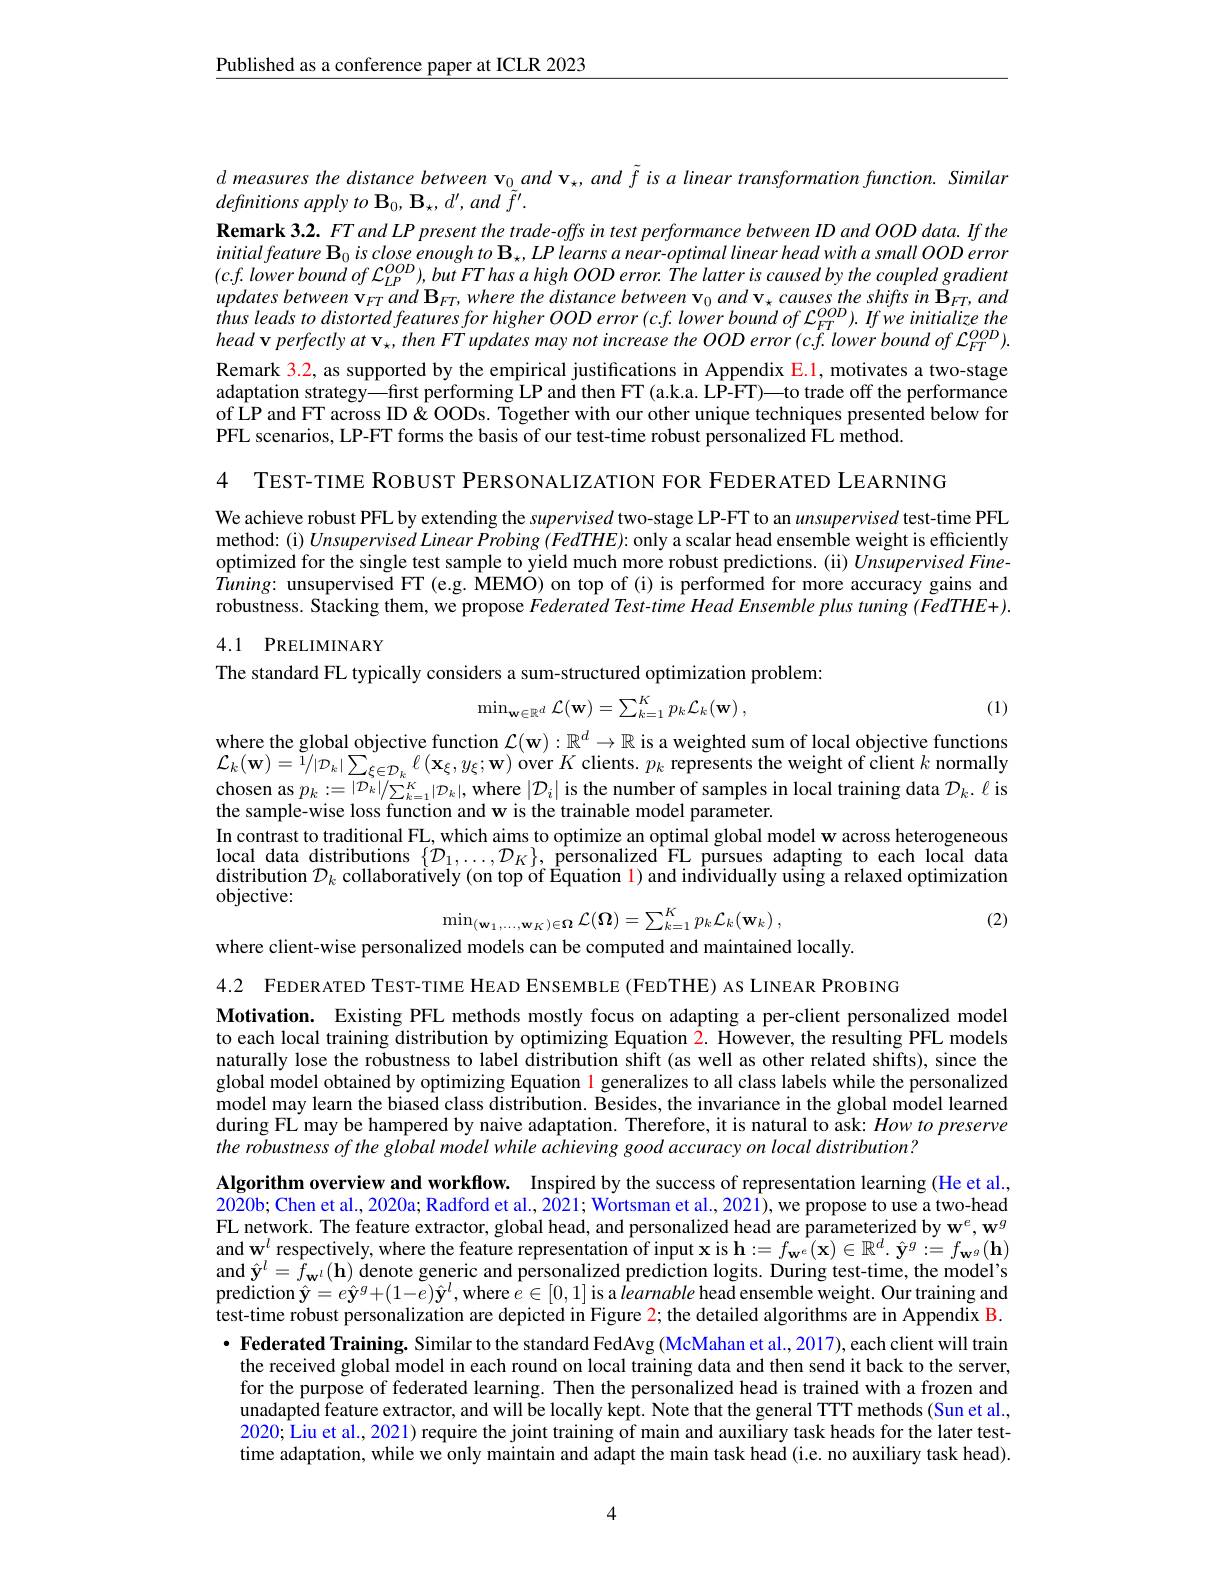
Published as a conference paper at ICLR 2023

$d\text{ measures the distance between v}_0and\textbf{v}_\star , and$ f is a linear transformation function. Similar
definitions apply to B$_0,\textbf{B}_\star,d^{\prime},and$ $\tilde{f}^{\prime}.$
Remark 3.2. FTand LP present the trade-offs in test performance between ID and OOD data. If the initial feature $\mathbf{B}_0$ is close enough to $\mathbf{B} _\star , LP\textit{learns a near- optimal linear head with a small OOD error}$ $(c.f.lowerboundof\mathcal{L}_{LP}^{OOD}),butFThasahighOODerror.Thelatteriscausedbythecoupledgradient$ $updatesbetween\mathbf{v} _{FT}and\mathbf{B} _{FT}, where$ the distance between $\mathbf{v} _{0}$ and $\mathbf{v} _{\star }$ causes the shifts $in$ $\mathbf{B} _{FT}, and$ thus leads $to$ distorted features for higher $OOD$ error $( c. f.$ lower bound $of$ $L_{FT}^{OOD}) .$ $If$ $we$ initialize the $head\mathbf{v}perfectlyat\mathbf{v}_{\star},thenFTupdatesmaynotincreasetheOODerror(c.f.lowerboundof\mathcal{L}_{FT}^{OOD}).$ Remark $\color{red}{3.2,\text{as supported by the empirical justifications in Appendix E.1, motivates a two-stage}}$ adaptation strategy—first performing LP and then FT (a.k.a. LP-FT)—to trade off the performance of LP and FT across ID &OODs. Together with our other unique techniques presented below for PFL scenarios, LP-FT forms the basis of our test-time robust personalized FL method.

4 TEST-TIME ROBUST PERSONALIZATION FOR FEDERATED LEARNING

We achieve robust PFL by extending the supervised two-stage LP-FT to an unsupervised test-time PFL method: (i) Unsupervised Linear Probing $(FedTHE)$: only a scalar head ensemble weight is efficiently optimized for the single test sample to yield much more robust predictions. (ii) $\bar{UnsupervisedFine-H}$ $\hat{T}uning:$ unsupervised FT (e.g. $\hat{\text{MEMO}})$ on top of (i) is performed for more accuracy gains and robustness. Stacking them, we propose Federated Test-time Head Ensemble plus tuning (FedTHE+). 4.1 PRELIMINARY

The standard FL typically considers a sum-structured optimization problem:
$$\min_{\mathbf{w}\in\mathbb{R}^{d}}\mathcal{L}(\mathbf{w})=\sum_{k=1}^{K}p_{k}\mathcal{L}_{k}(\mathbf{w})\:,$$
(1)

where the global objective function $\mathcal{L}(\mathbf{w}):\mathbb{R}^d\to\mathbb{R}$ is a weighted sum of local objective functions $\mathcal{L} _{k}( \mathbf{w} ) = \tilde{1} / | \mathcal{D} _{k}| \sum _{\xi \in \mathcal{D} _{k}}\ell \left ( \mathbf{x} _{\xi }, y_{\xi }; \mathbf{w} \right )$ over $K$ clients. $p_{k}$ represents the weight of $\v {c}$lient $k$ normally chosen as $p_{k}: = | \mathcal{D} _{k}| / \sum _{k= 1}^{K}| \mathcal{D} _{k}| $, where $| \mathcal{D} _{i}|$ is the number of samples in local t the sample-wise loss function and w is the trainable model parameter.
In contrast to traditional FL, which aims to optimize an optimal global model w across heterogeneous local data distributions $\{\mathcal{D}_1,\ldots,\mathcal{D}_K\}$, personalized FL pursues adapting to each local data distribution $\mathcal{D}_k$ collaboratively (on top of Êquation l) and individually usîng a relaxed optimization objective:
$$\min_{(\mathbf{w}_{1},\ldots,\mathbf{w}_{K})\in\boldsymbol{\Omega}}\mathcal{L}(\boldsymbol{\Omega})=\sum_{k=1}^{K}p_{k}\mathcal{L}_{k}(\mathbf{w}_{k})\:,$$
(2)

where client-wise personalized models can be computed and maintained locally.

4.2 FEDERATED TEST-TIME HEAD ENSEMBLE (FEDTHE) AS LINEAR PROBING

Motivation. Existing PFL methods mostly focus on adapting a per-client personalized model to each local training distribution by optimizing Equation $\color{red}2.$ However, the resulting PFL models naturally lose the robustness to label distribution shift (as well as other related shifts), since the global model obtained by optimizing Equation $\color{red}{\color{red}1}$ generalizes to all class labels while the personalized model may learn the biased class distribution. Besides, the invariance in the global model learned during FL may be hampered by naive adaptation. Therefore, it is natural to ask: How to preserve the robustness of the global model while achieving good accuracy on local distribution?

Algorithm overview and workflow. Inspired by the success of representation learning (He et al., 2020b; Chen et al., 2020a; Radford et al., 2021; Wortsman et al., 2021), we propose to use a two-head FL network. The feature extractor, global head, and personalized head are parameterized by $\mathbf{w}^e,\mathbf{w}^g$ and w$^l$ respectively, where the feature representation of input $\mathbf{x}$ is $\mathbf{h}:=f_\mathbf{w}^e(\mathbf{x})\in\mathbb{R}^d\cdot\hat{\mathbf{y}}^g:=f_\mathbf{w}^g(\mathbf{h})$ and $\hat{\mathbf{y} } ^l= f_{\mathbf{w} ^l}( \mathbf{h} )$ denote generic and personalized prediction logits. During test- time, the model' s and $\hat{\mathbf{y} } ^l= f_{\mathbf{w} ^l}( \mathbf{h} )$ denote generic and personalized prediction logits. During test- time, the model' s prediction $\hat{\mathbf{y}}=e\hat{\mathbf{y}}^g+(1-e)\hat{\mathbf{y}}^l$,where $\hat{e}\in[0,1]$ is a $\hat{l}earnable$ head ensemble weight. Our training and test-time robust personalization are depicted in Figure 2; the detailed algorithms are in Appendix B. · Federated Training. Similar to the standard FedAvg (McMahan et al., 2017), each client will train the received global model in each round on local training data and then send it back to the server, for the purpose of federated learning. Then the personalized head is trained with a frozen and unadapted feature extractor, and will be locally kept. Note that the general TTT methods (Sun et al., 2020; Liu et al., 2021) require the joint training of main and auxiliary task heads for the later testtime adaptation, while we only maintain and adapt the main task head (i.e. no auxiliary task head).

4